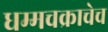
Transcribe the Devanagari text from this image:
धम्मचक्राचेच